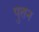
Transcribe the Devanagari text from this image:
पुतन